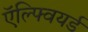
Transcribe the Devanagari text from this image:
ऍल्फ्वियर्ड